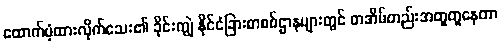
ထောက်ပံ့ထားလိုက်သေး၏ ခိုင်းကျွဲ နိုင်ငံခြားစာစစ်ဌာနများတွင် တအိမ်တည်းအတူတူနေတာ